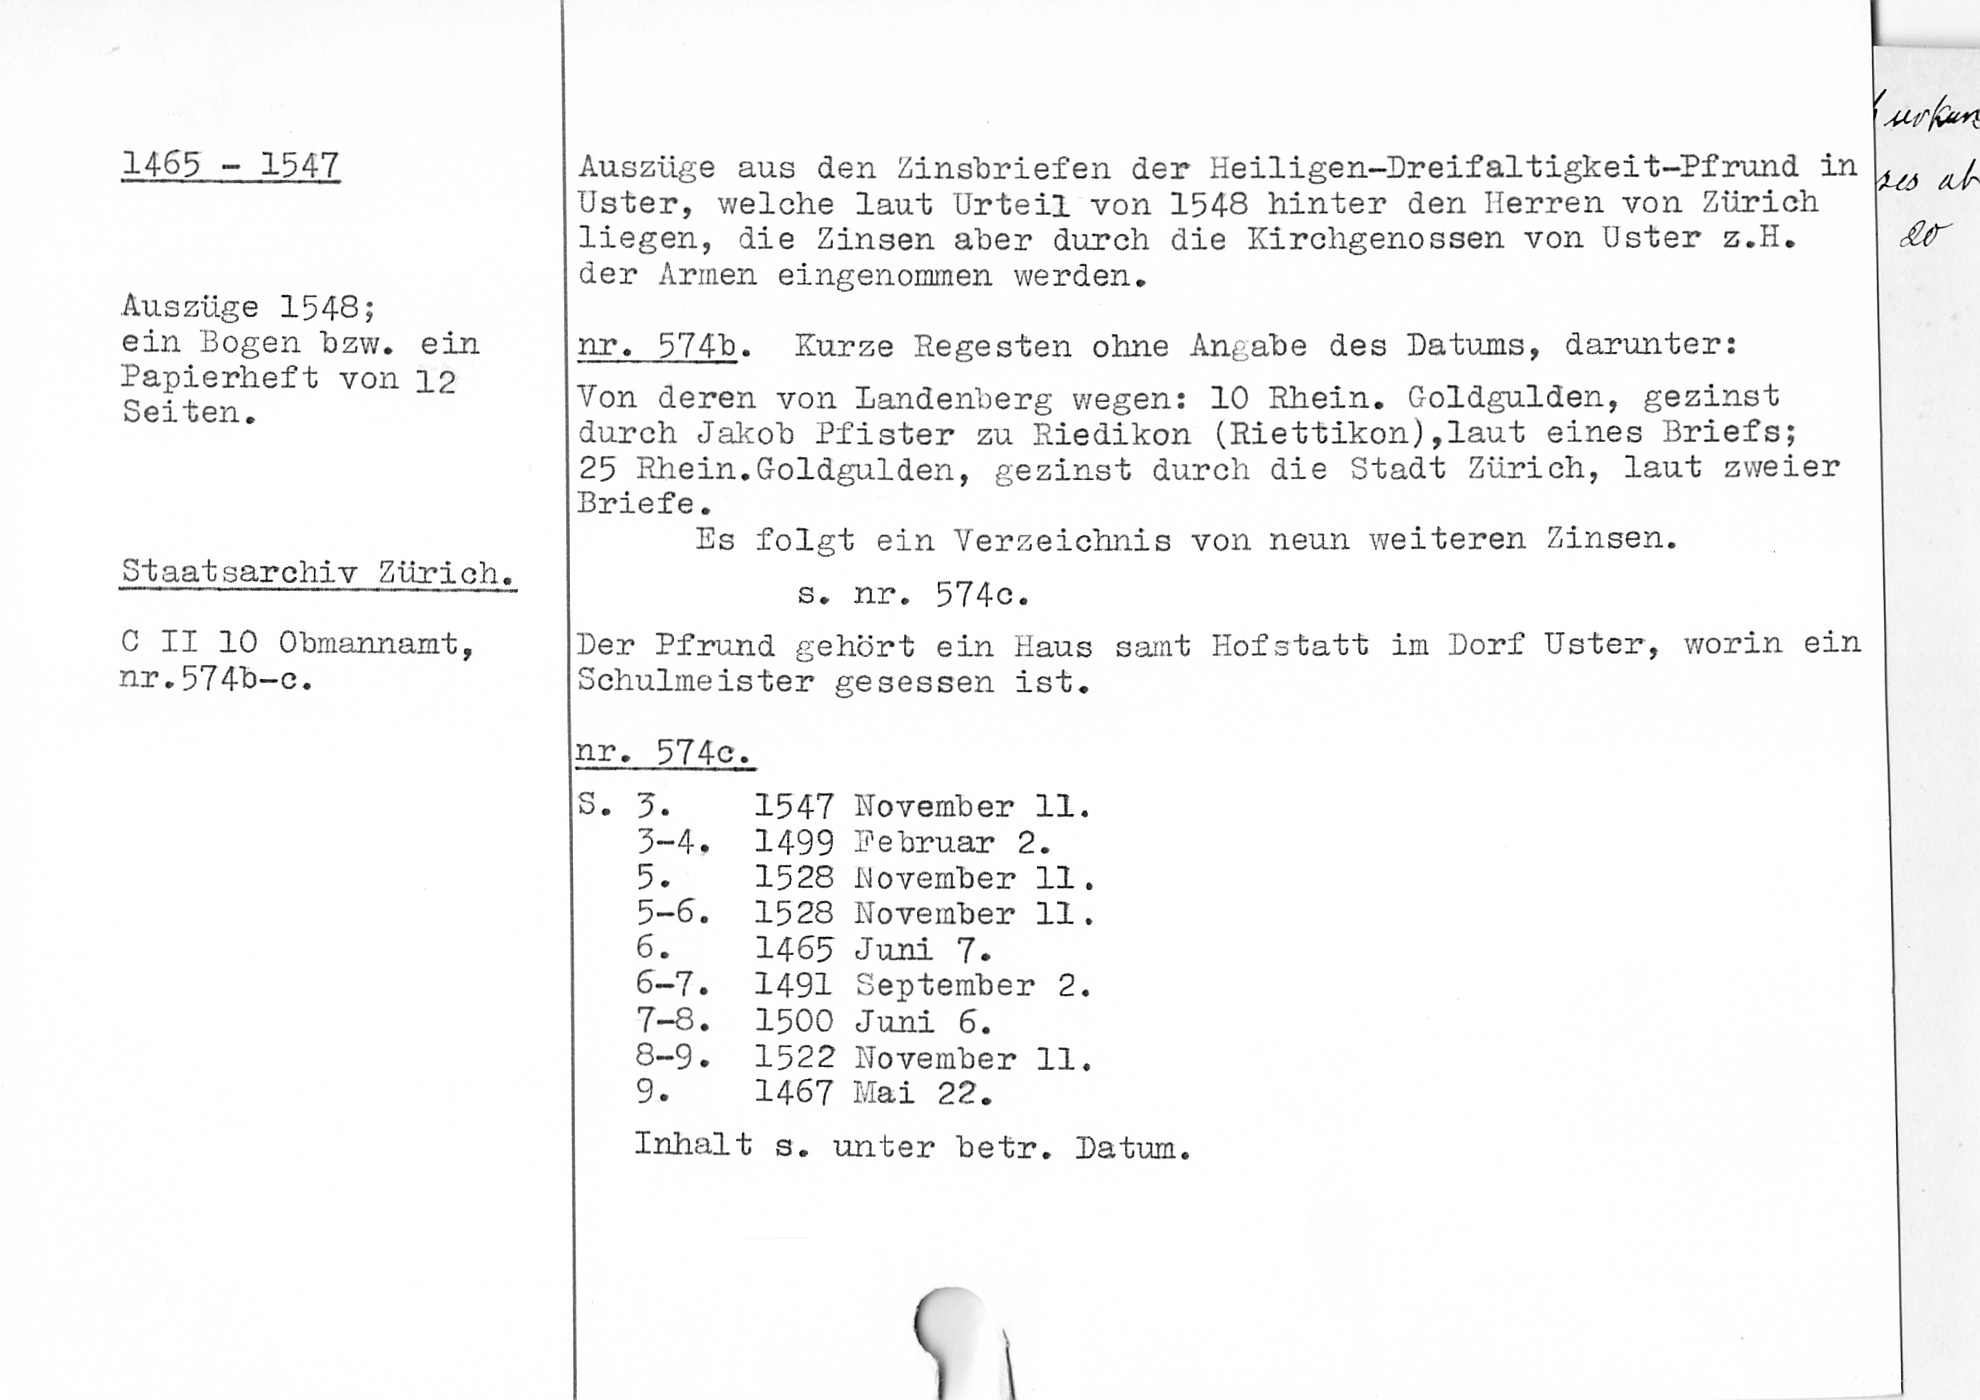
1465 - 1547
Auszüge 1548
ein Bogen bzw. ein
Papierheft von 12
Seiten.
Staatsarchiv Zürich.
C II 10 Obmannamt,
nr. 574b-c.

Auszüge aus den Zinsbriefen der Heiligen-Dreifaltigkeit-Pfrund in
Uster, welche laut Urteil von 1548 hinter den Herren von Zürich
liegen, die Zinsen aber durch die Kirchgenossen von Uster z.H.
der Armen eingenommen werden.
nr. 574b Kurze Regesten ohne Angabe des Datums, darunter:
Von deren von Landenberg wegen: 10 Rhein. Goldgulden, gezinst
durch Jakob Pfister zu Riedikon (Riettikon), laut eines Briefs;
25 Rhein. Goldgulden, gezinst durch die Stadt Zürich, laut zweier
Briefe.
Es folgt ein Verzeichnis von neun weiteren Zinsen.
s. nr. 574c.
Der Pfrund gehört ein Haus samt Hofstatt im Dorf Uster, worin ein
Schulmeister gesessen ist.
nr. 574c.
S. 3
1547 November 11.
3-4.	1499 Februar 2.
5.	1528 November 11.
5-6.	1528
November 11.
1465 Juni 7.
6-7. 1491 September 2.
7-8.	1500 Juni 6.
8-9.	1522 November 11.
1467 Mai 22.
9.
Inhalt s. unter betr. Datum.